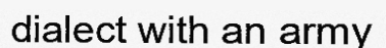
dialect with an army